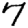
Digit: 7